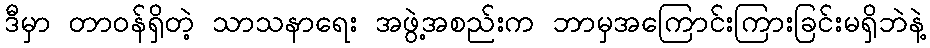
ဒီမှာ တာဝန်ရှိတဲ့ သာသနာရေး အဖွဲ့အစည်းက ဘာမှအကြောင်းကြားခြင်းမရှိဘဲနဲ့